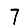
Digit: 7